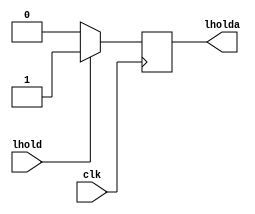
module assign_test_a (
                       clk,
                       lhold,
                       lholda
);
	input clk;
	input lhold;
	output lholda;
	reg lholda;
	always @(posedge clk)
	if (lhold)
	 lholda<=lhold;
	else
	 lholda<=0;
endmodule